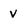
Character: V